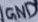
Text: GND